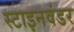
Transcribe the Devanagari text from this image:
स्टाइनवंडर